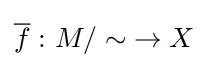
{\overline {f}}\,\colon {M/\sim }\to X